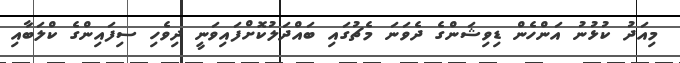
މިއަދު ކުޅުނު އަންހެން ޑިވިޝަންގެ ދެވަނަ މެޗުގައި ބައްދަލުކޮށްފައިވަނީ ދިވެހި ސިފައިންގެ ކްލަބާއި